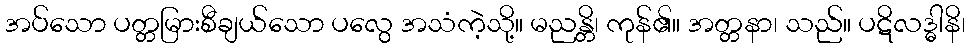
အပ်သော ပတ္တမြားစီချယ်သော ပလွေ အသံကဲ့သို့။ မညန္တိ၊ ကုန်၏။ အတ္တနာ၊ သည်။ ပဋိလဒ္ဓါနိ၊